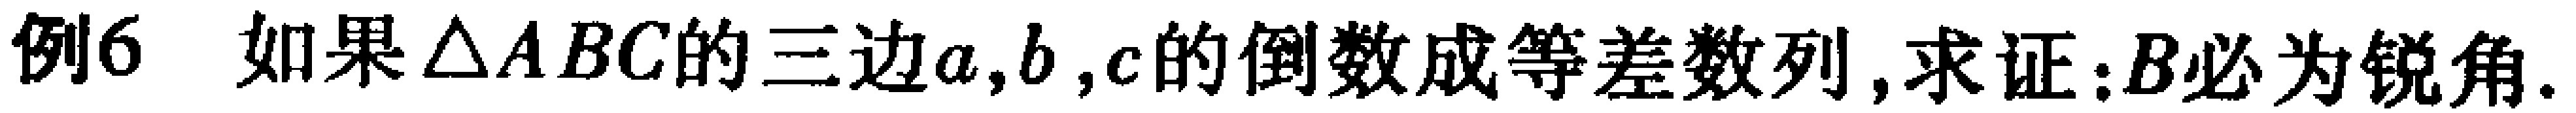
例6. 如果$\triangle ABC$的三边$a,b,c$的倒数成等差数列, 求证:$B$必为锐角.